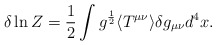
\begin{align*}\delta \ln Z={1\over2}\int g^{1\over2}\langle T^{\mu\nu}\rangle \delta g_{\mu\nu}d^4 x\space.\end{align*}